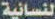
النسانية